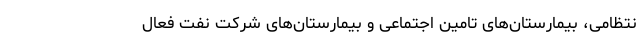
نتظامی، بیمارستان‌های تامین اجتماعی و بیمارستان‌های شرکت نفت فعال